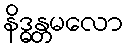
နိဒ္ဓန္တမလော